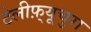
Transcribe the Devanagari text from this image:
टेलीफ़्यूचुरा